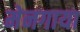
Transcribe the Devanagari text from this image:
मेनगाया